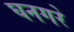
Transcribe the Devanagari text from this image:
घनगरे